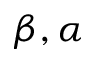
\beta , \alpha